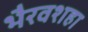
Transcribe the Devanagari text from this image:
भैरवशहा